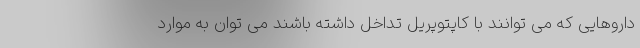
داروهایی که می توانند با کاپتوپریل تداخل داشته باشند می توان به موارد